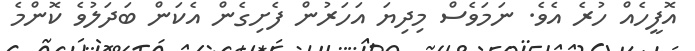
އޮފީހެއް ހުރެ އެވެ. ނަމަވެސް މިދިޔަ އަހަރުން ފެށިގެން އެކަން ބަދަލުވެ ކޮންމެ